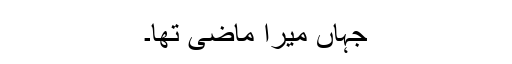
جہاں میرا ماضی تھا۔